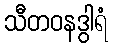
သီတဝနဒွါရံ